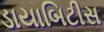
ડાયાબિટીસ